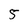
Character: 5